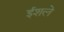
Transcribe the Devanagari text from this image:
ईशले